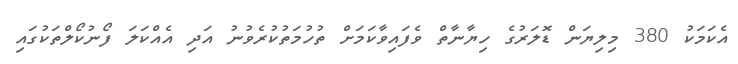
އެކަމަކު 380 މިލިޔަން ޑޮލަރުގެ ހިޔާނާތް ވެފައިވާކަމަށް ތުހުމަތުކުރެވުނު އަދި އެއްކަލަ ފޯނުކޯލްތަކުގައި